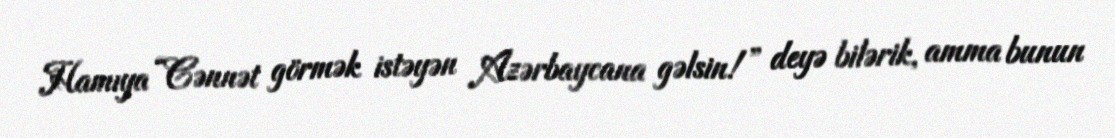
Hamıya “Cənnət görmək istəyən Azərbaycana gəlsin!” deyə bilərik, amma bunun